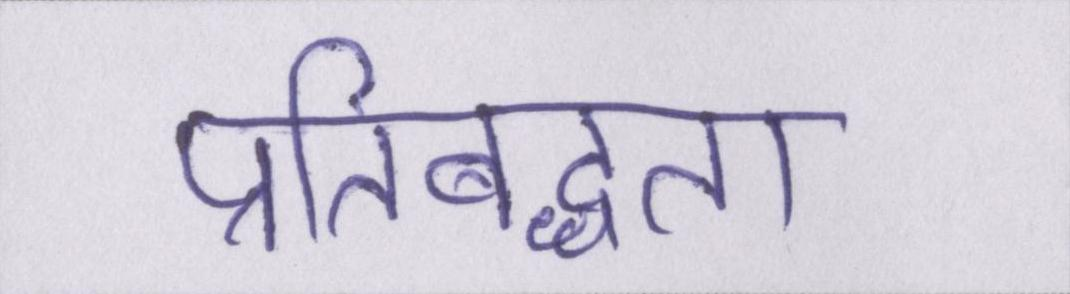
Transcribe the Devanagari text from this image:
प्रतिबध्दता